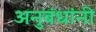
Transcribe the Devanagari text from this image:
अनुबंधांनी